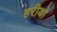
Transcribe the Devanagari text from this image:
हरीयो